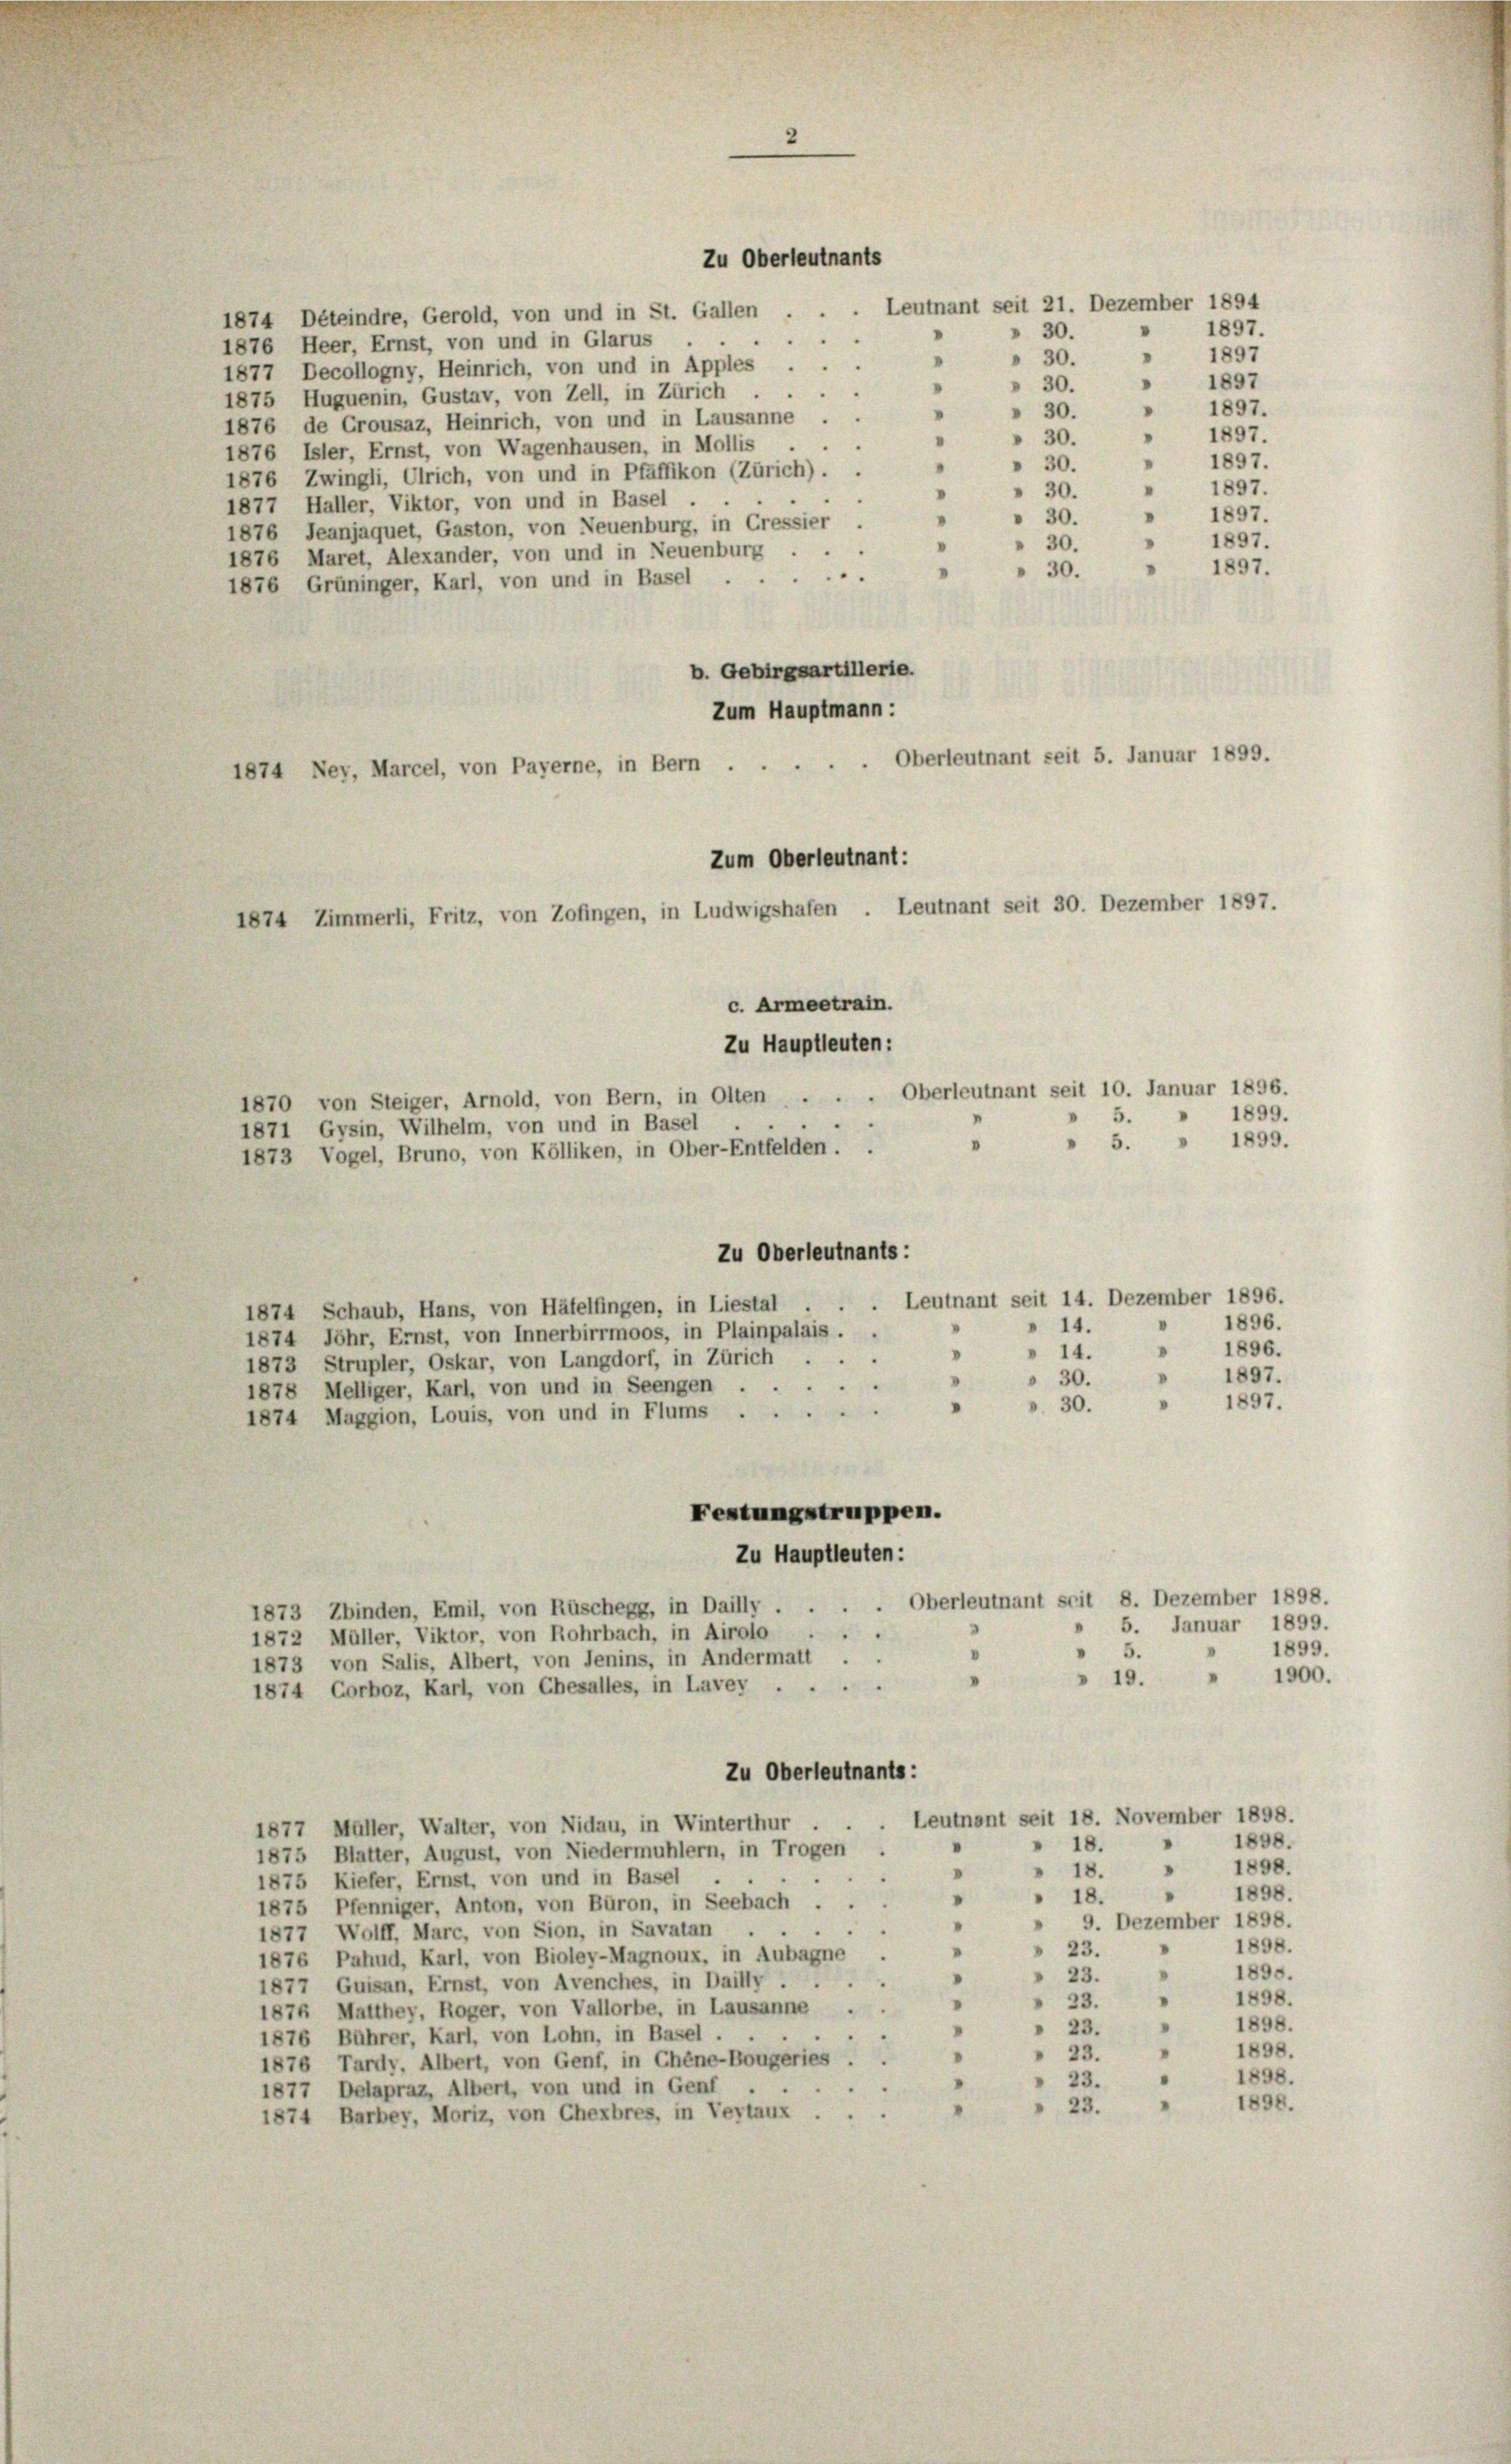
Zu Oberleutnants
1874 Déteindre, Gerold, von und in St. Gallen .
1876 Heer, Ernst, von und in Glarus
3
1877 Decollogny, Heinrich, von und in Apples .
1897
"
30.
1875 Huguenin, Gustav, von Zell, in Zürich . .
1897.
"
30.
1876 de Crousaz, Heinrich, von und in Lausanne
1897.
 30.
“
.
1876 Isler, Ernst, von Wagenhausen, in Mollis
1897.
.
 30.
1876 Zwingli, Ulrich, von und in Pfäffikon (Zürich) . .
1897.
"
30.
"
1877 Haller, Viktor, von und in Basel.
" 1897.
» 30.
1876 Jeanjaquet, Gaston, von Neuenburg, in Cressier .
1897.
30.
1876 Maret, Alexander, von und in Neuenburg
1897.
30.
1876 Grüninger, Karl, von und in Basel.
b. Gebirgsartillerie.
Zum Hauptmann:
Oberleutnant seit 5. Januar 1899.
Zum Oberleutnant:
1874 Zimmerli, Fritz, von Zofingen, in Ludwigshafen . Leutnant seit 30. Dezember 1897.
c. Armeetrain.
Zu Hauptleuten:
1870 von Steiger, Arnold, von Bern, in Olten . . . Oberleutnant seit 10. Januar 1896.
1899.
5.
1871 Gysin, Wilhelm, von und in Basel
» 1899.
5.
.
1873 Vogel, Bruno, von Kölliken, in Ober-Entfelden . .
Zu Oberleutnants:
Leutnant seit 14. Dezember 1896.
1874 Schaub, Hans, von Häfelfingen, in Liestal
1896.
14.
1874 Jöhr, Ernst, von Innerbirrmoos, in Plainpalais.
1896.
.
.
14.
1873 Strupler, Oskar, von Langdorf, in Zürich ...
1897.
 30.
1878 Melliger, Karl, von und in Seengen . . .
1897.
"
». 30.
1874 Maggion, Louis, von und in Flums
Festungstruppen.
Zu Hauptleuten:
1873 Zbinden, Emil, von Rüschegg, in Dailly . . . . Oberleutnant seit 8. Dezember 1898.
5. Januar 1899.

1872 Müller, Viktor, von Rohrbach, in Airolo
1899.
.
" 5.
1873 von Salis, Albert, von Jenins, in Andermatt
1900.
19.
1874 Corboz, Karl, von Ehesalles, in Lavey.
Zu Oberleutnants:
Leutnant seit 18. November 1898.
.
1877 Müller, Walter, von Nidau, in Winterthur .
1898.
18.
"
1875 Blatter, August, von Niedermühlern, in Trogen
1898.
"
» 18.
"
1875 Kiefer, Ernst, von und in Basel .
1898.
“
18.
"
1875 Pfenniger, Anton, von Büron, in Seebach ...
» 9. Dezember 1898.
"
1877 Wolff, Marc, von Sion, in Savatan .
1898.
 23.
"
1876 Pahud, Karl, von Bioley-Magnoux, in Aubagne .
1895.
"
 23.
“
1877 Quisan, Ernst, von Avenches, in Daily ..
" 1898.
 23.
"
1876 Matthey, Roger, von Vallorbe, in Lausanne
e
1898.
23.
1876 Bührer, Karl, von Lohn, in Basel . .
1898.
23.
1876 Tardy, Albert, von Genf, in Chéne-Bougeries.
1898.
23.
1877 Delapraz, Albert, von und in Genf
1898.
23.
1874 Barbey, Moriz, von Chexbres, in Veytaux ...

1874 Ney, Marcel, von Payerne, in Bern .

Leutnant seit 21. Dezember 1894
1897.
» 30.
1897
"
 30.